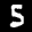
Label: 5